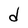
Character: d